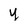
Character: y